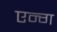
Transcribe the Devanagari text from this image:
एन्ग